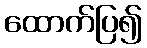
ထောက်ပြ၍